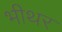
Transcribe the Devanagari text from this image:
भीथर